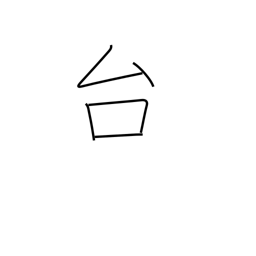
Meaning: pedestal